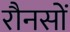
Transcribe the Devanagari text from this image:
रौनसों